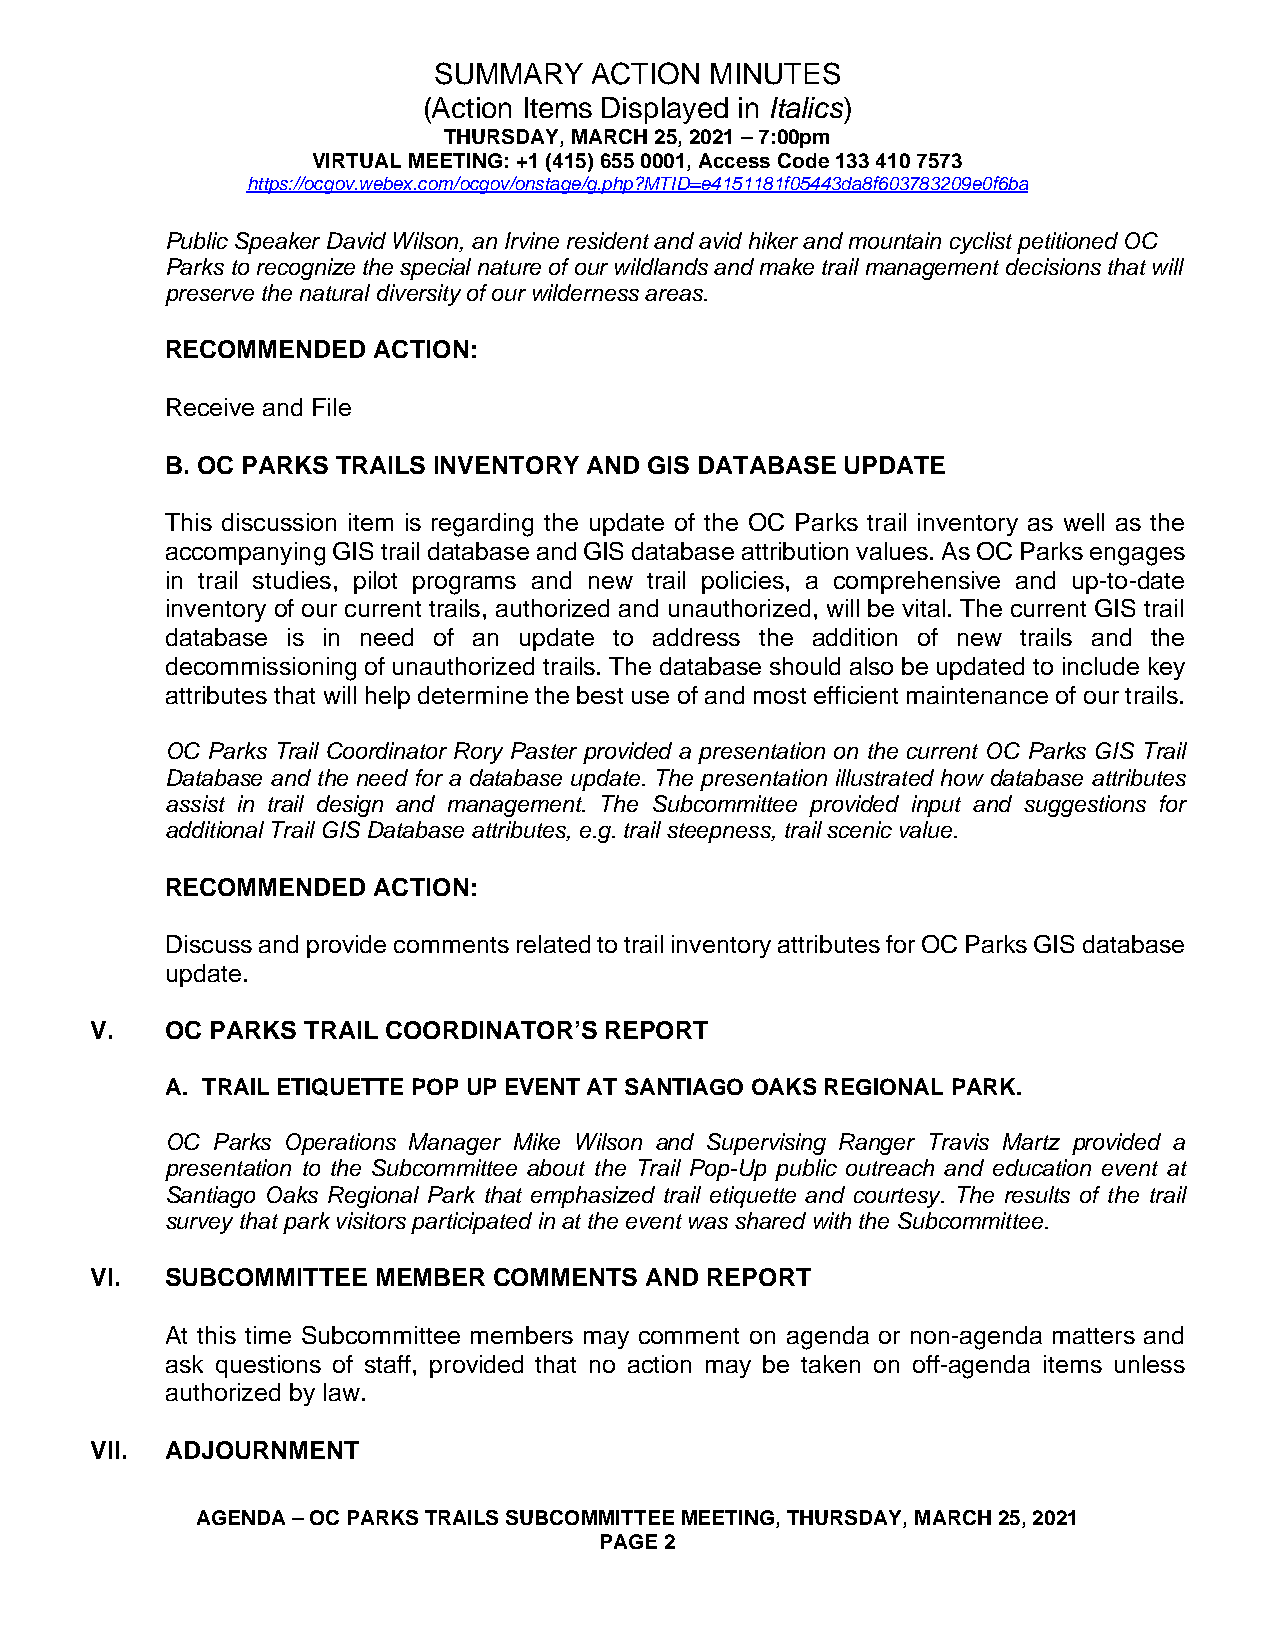
SUMMARY   ACTION  MINUTES
 (Action Items Displayed in Italics)
 THURSDAY, MARCH 25, 2021 – 7:00pm
 VIRTUAL MEETING: +1 (415) 655 0001, Access Code 133 410 7573
 https://ocgov.webex.com/ocgov/onstage/g.php?MTID=e4151181f05443da8f603783209e0f6ba
 Public Speaker David Wilson, an Irvine resident and avid hiker and mountain cyclist petitioned OC
 Parks to recognize the special nature of our wildlands and make trail management decisions that will
 preserve the natural diversity of our wilderness areas.
 RECOMMENDED   ACTION:
 Receive and File
 B. OC PARKS TRAILS INVENTORY AND GIS DATABASE UPDATE
 This discussion item is regarding the update of the OC Parks trail inventory as well as the
 accompanying GIS trail database and GIS database attribution values. As OC Parks engages
 in trail studies, pilot programs and new trail policies, a comprehensive and up-to-date
 inventory of our current trails, authorized and unauthorized, will be vital. The current GIS trail
 database is in need of an update to address the addition of new trails and the
 decommissioning of unauthorized trails. The database should also be updated to include key
 attributes that will help determine the best use of and most efficient maintenance of our trails.
 OC Parks Trail Coordinator Rory Paster provided a presentation on the current OC Parks GIS Trail
 Database and the need for a database update. The presentation illustrated how database attributes
 assist in trail design and management. The Subcommittee provided input and suggestions for
 additional Trail GIS Database attributes, e.g. trail steepness, trail scenic value.
 RECOMMENDED   ACTION:
 Discuss and provide comments related to trail inventory attributes for OC Parks GIS database
 update.
 V.   OC PARKS TRAIL COORDINATOR’S REPORT
 A. TRAIL ETIQUETTE POP UP EVENT AT SANTIAGO OAKS REGIONAL PARK.
 OC Parks Operations Manager Mike Wilson and Supervising Ranger Travis Martz provided a
 presentation to the Subcommittee about the Trail Pop-Up public outreach and education event at
 Santiago Oaks Regional Park that emphasized trail etiquette and courtesy. The results of the trail
 survey that park visitors participated in at the event was shared with the Subcommittee.
 VI.  SUBCOMMITTEE  MEMBER  COMMENTS  AND REPORT
 At this time Subcommittee members may comment on agenda or non-agenda matters and
 ask questions of staff, provided that no action may be taken on off-agenda items unless
 authorized by law.
 VII. ADJOURNMENT
 AGENDA – OC PARKS TRAILS SUBCOMMITTEE MEETING, THURSDAY, MARCH 25, 2021
 PAGE 2